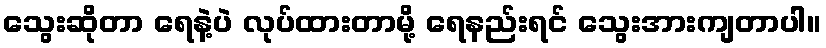
သွေးဆိုတာ ရေနဲ့ပဲ လုပ်ထားတာမို့ ရေနည်းရင် သွေးအားကျတာပါ။